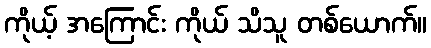
ကိုယ့် အကြောင်း ကိုယ် သိသူ တစ်ယောက်။